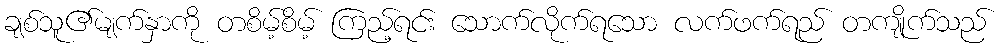
ချစ်သူ၏မျက်နှာကို တစိမ့်စိမ့် ကြည့်ရင်း သောက်လိုက်ရသော လက်ဖက်ရည် တကျိုက်သည်